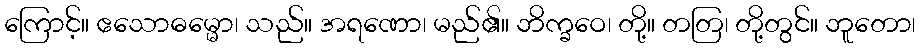
ကြောင့်။ ဧသောဓမ္မော၊ သည်။ အရဏော၊ မည်၏။ ဘိက္ခဝေ၊ တို့။ တတြ၊ တို့တွင်။ ဘူတော၊